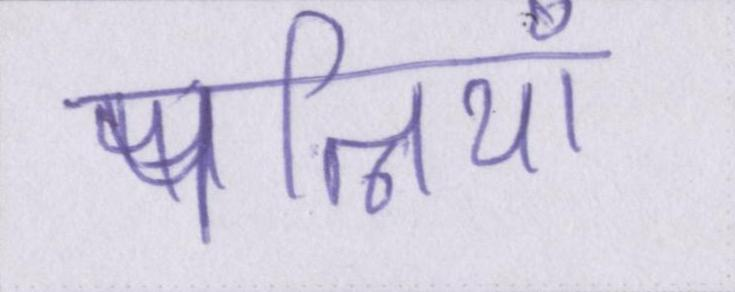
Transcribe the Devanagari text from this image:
पत्नियाँ